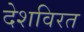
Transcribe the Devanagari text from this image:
देशविरत